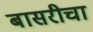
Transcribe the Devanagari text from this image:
बासरीचा